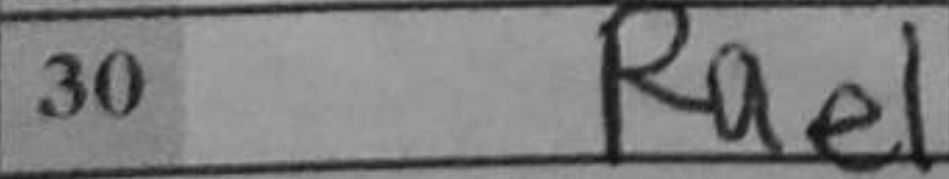
Transcription: Rae1